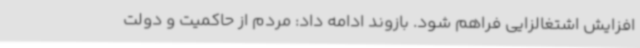
افزایش اشتغالزایی فراهم شود. بازوند ادامه داد: مردم از حاکمیت و دولت